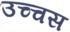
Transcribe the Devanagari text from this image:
उच्चस